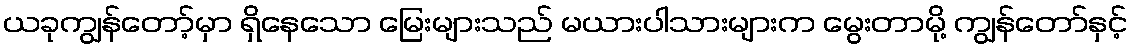
ယခုကျွန်တော့်မှာ ရှိနေသော မြေးများသည် မယားပါသားများက မွေးတာမို့ ကျွန်တော်နှင့်